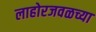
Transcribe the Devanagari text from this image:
लाहोरजवळच्या